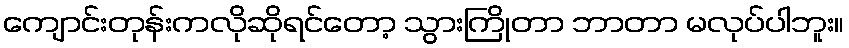
ကျောင်းတုန်းကလိုဆိုရင်တော့ သွားကြိုတာ ဘာတာ မလုပ်ပါဘူး။